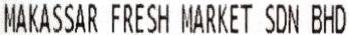
MAKASSAR FRESH MARKET SDN BHD